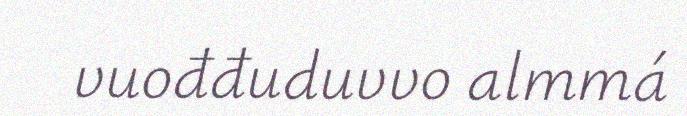
vuođđuduvvo almmá